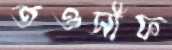
তওসীফ